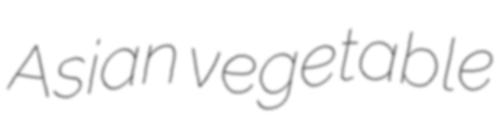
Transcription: Asian vegetable